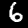
Digit: 6